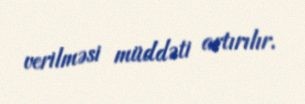
verilməsi müddəti artırılır.